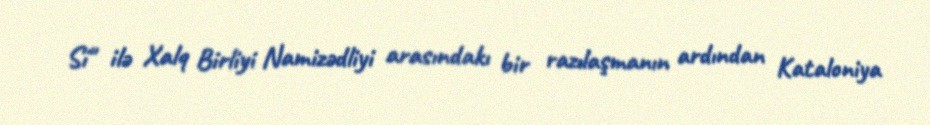
Sí" ilə Xalq Birliyi Namizədliyi arasındakı bir razılaşmanın ardından Kataloniya